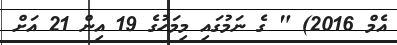
އެމް 2016) " ގެ ނަމުގައި މިމަހުގެ 19 އިން 21 އަށް